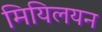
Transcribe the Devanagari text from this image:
मियिलयन